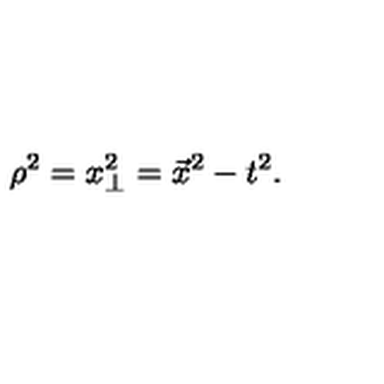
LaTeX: \rho ^ { 2 } = x _ { \perp } ^ { 2 } = \vec { x } ^ { 2 } - t ^ { 2 } .